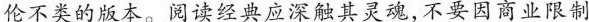
伦不类的版本。阅读经典应深触其灵魂,不要因商业限